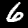
Digit: 6